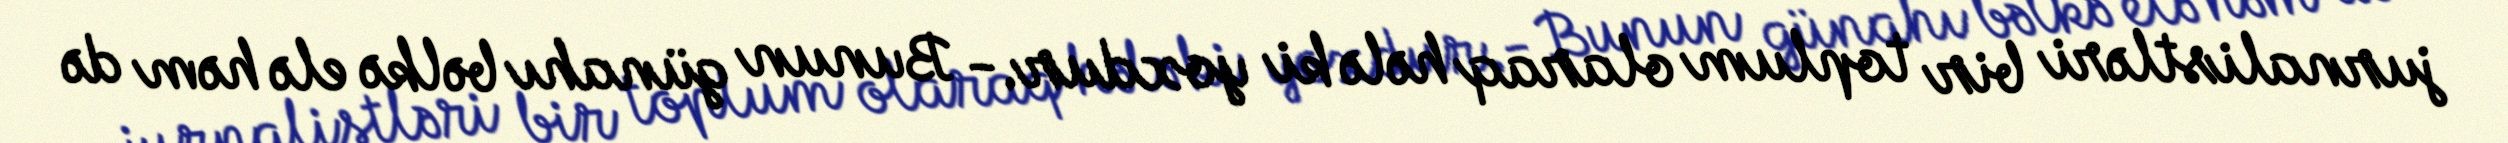
jurnalistləri bir toplum olaraq hələ ki yoxdur.- Bunun günahı bəlkə elə həm də